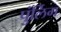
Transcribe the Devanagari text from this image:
पुंर्लिग